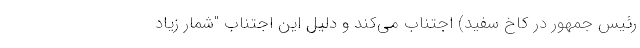
رئیس جمهور در کاخ سفید) اجتناب می‌کند و دلیل این اجتناب "شمار زیاد